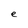
Character: e